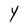
Character: Y